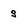
Character: s